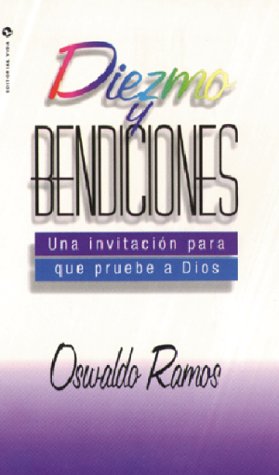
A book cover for Diezmo y bendiciones; Oswaldo Ramos; Christian Books & Bibles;